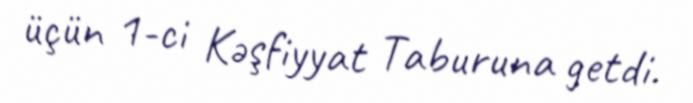
üçün 1-ci Kəşfiyyat Taburuna getdi.